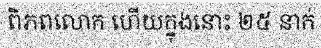
ពិភពលោក ហើយក្នុងនោះ ២៥ នាក់